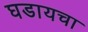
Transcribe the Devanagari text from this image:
घडायचा